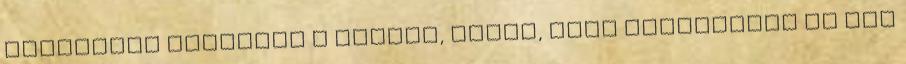
serpenyőt lehúzzuk a tűzről, vajat, tört fokhagymát és egy